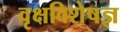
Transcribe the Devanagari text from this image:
वृक्षविशेषज्ञ